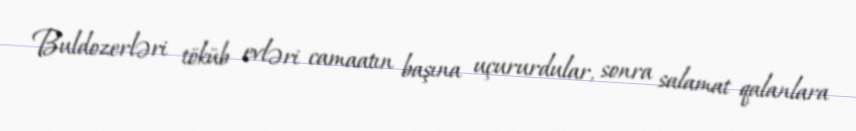
Buldozerləri töküb evləri camaatın başına uçururdular, sonra salamat qalanlara